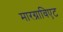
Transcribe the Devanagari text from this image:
मारग्राविएट